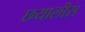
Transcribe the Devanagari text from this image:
छयालीस